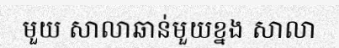
មួយ សាលាឆាន់មួយខ្នង សាលា